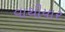
વાથીયાર